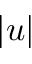
\lvert u \rvert